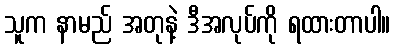
သူက နာမည် အတုနဲ့ ဒီအလုပ်ကို ရထားတာပါ။